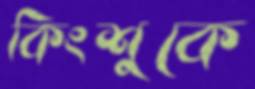
কিংশুকে